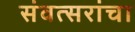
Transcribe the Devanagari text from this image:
संवत्सरांचा